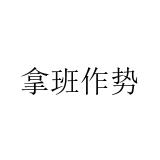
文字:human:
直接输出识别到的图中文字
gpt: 拿班作势